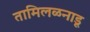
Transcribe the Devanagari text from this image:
तामिलळनाडू